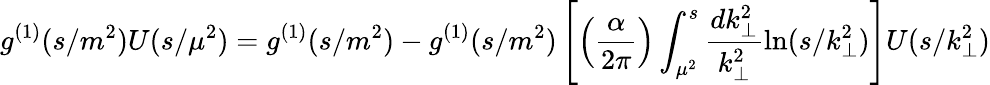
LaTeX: g^{(1)}(s/m^{2})U(s/\mu^{2})=g^{(1)}(s/m^{2})-g^{(1)}(s/m^{2})\left[\left(\frac{\alpha}{2\pi}\right)\int_{\mu^{2}}^{s}\frac{dk_{\perp}^{2}}{k_{\perp}^{2}}\ln(s/k_{\perp}^{2})\right]U(s/k_{\perp}^{2})